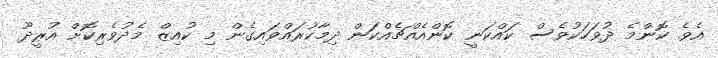
އެވެ. ކޮންމެ ދުވަހަކުވެސް ކައްކަނީ ކޮންއެއްޗެއްކަން ދިމާކުރައްވައިގެން މި ކުއިޒް މެދުވެރިކޮށް އުރީދޫ